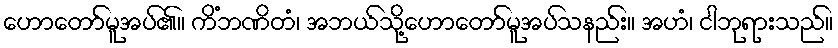
ဟောတော်မူအပ်၏။ ကိံဘဏိတံ၊ အဘယ်သို့ဟောတော်မူအပ်သနည်း။ အဟံ၊ ငါဘုရားသည်။